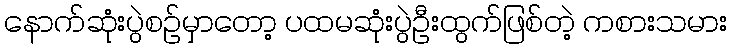
နောက်ဆုံးပွဲစဥ်မှာတော့ ပထမဆုံးပွဲဦးထွက်ဖြစ်တဲ့ ကစားသမား